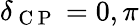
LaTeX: \delta_{\mathrm{~C~P~}}=0,\pi